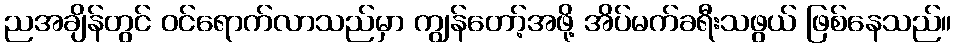
ညအချိန်တွင် ဝင်ရောက်လာသည်မှာ ကျွန်တော့်အဖို့ အိပ်မက်ခရီးသဖွယ် ဖြစ်နေသည်။